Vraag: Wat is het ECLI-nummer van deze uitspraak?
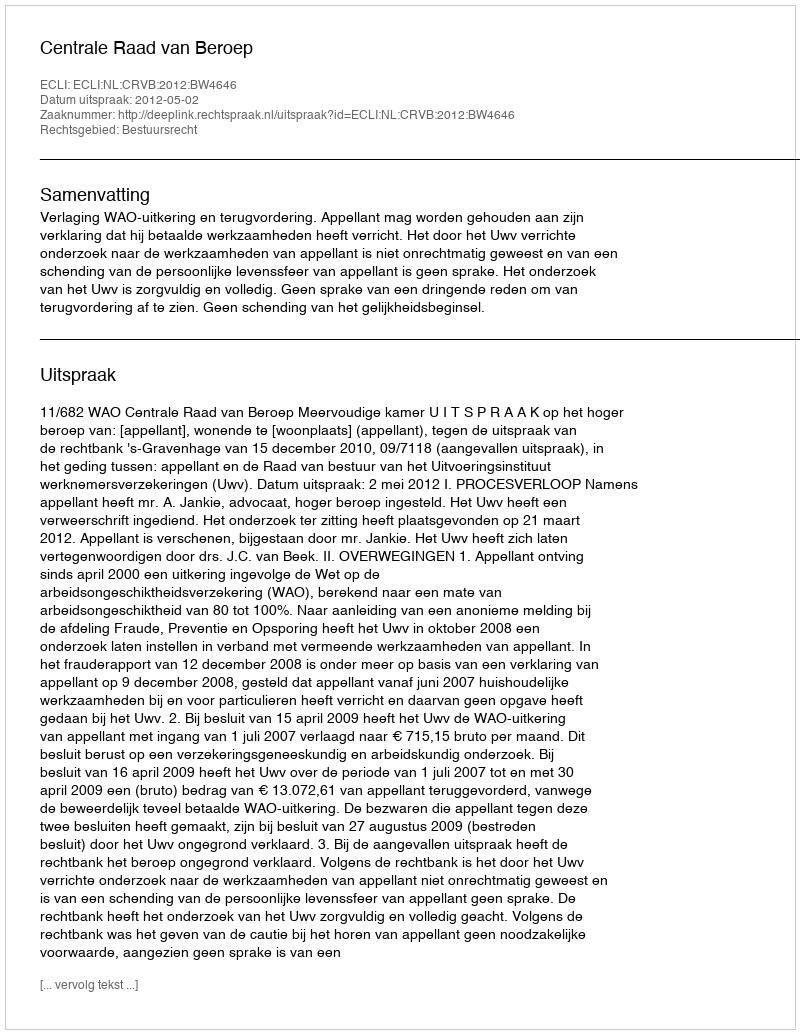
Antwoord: ECLI:NL:CRVB:2012:BW4646